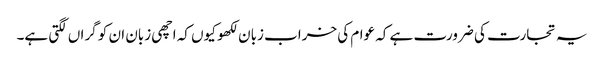
یہ تجارت کی ضرورت ہے کہ عوام کی خراب زبان لکھو کیوں کہ اچھی زبان ان کو گراں لگتی ہے۔